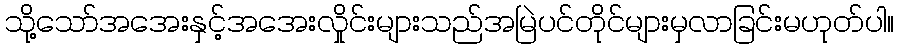
သို့သော်အအေးနှင့်အအေးလှိုင်းများသည်အမြဲပင်တိုင်များမှလာခြင်းမဟုတ်ပါ။